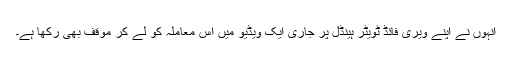
انہوں نے اپنے ویری فائڈ ٹویٹر ہینڈل پر جاری ایک ویڈیو میں اس معاملہ کو لے کر موقف بھی رکھا ہے۔